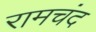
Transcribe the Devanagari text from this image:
रामचंद